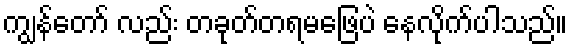
ကျွန်တော် လည်း တခုတ်တရမဖြေပဲ နေလိုက်ပါသည်။